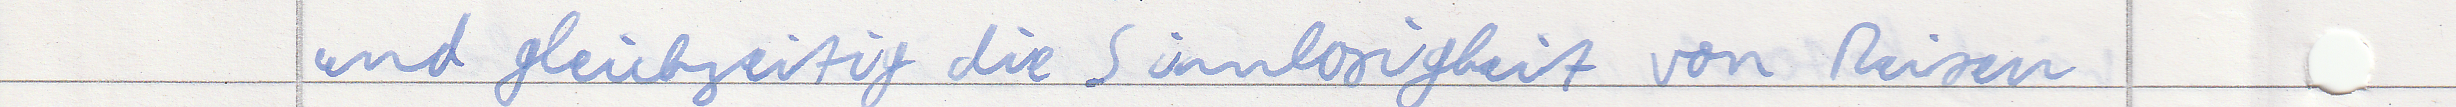
und gleichzeitig die Sinnlosigkeit von Reisen